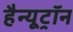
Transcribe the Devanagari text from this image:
हैन्यूट्रॉन